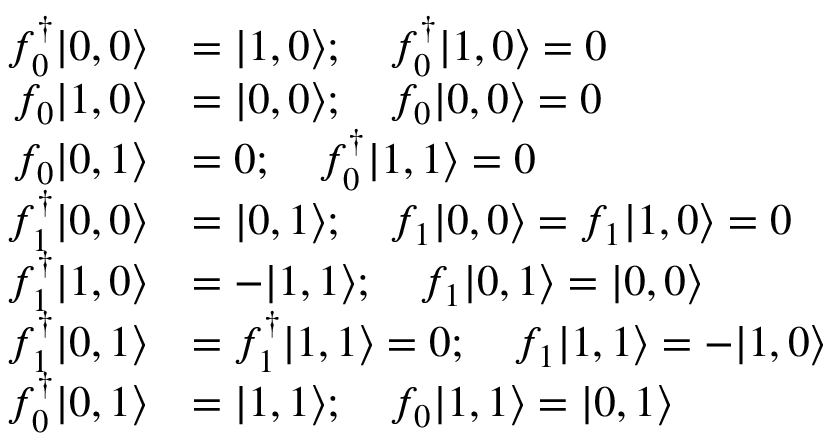
\begin{array} { r l } { f _ { 0 } ^ { \dagger } | 0 , 0 \rangle } & { = | 1 , 0 \rangle ; \quad f _ { 0 } ^ { \dagger } | 1 , 0 \rangle = 0 } \\ { f _ { 0 } | 1 , 0 \rangle } & { = | 0 , 0 \rangle ; \quad f _ { 0 } | 0 , 0 \rangle = 0 } \\ { f _ { 0 } | 0 , 1 \rangle } & { = 0 ; \quad f _ { 0 } ^ { \dagger } | 1 , 1 \rangle = 0 } \\ { f _ { 1 } ^ { \dagger } | 0 , 0 \rangle } & { = | 0 , 1 \rangle ; \quad f _ { 1 } | 0 , 0 \rangle = f _ { 1 } | 1 , 0 \rangle = 0 } \\ { f _ { 1 } ^ { \dagger } | 1 , 0 \rangle } & { = - | 1 , 1 \rangle ; \quad f _ { 1 } | 0 , 1 \rangle = | 0 , 0 \rangle } \\ { f _ { 1 } ^ { \dagger } | 0 , 1 \rangle } & { = f _ { 1 } ^ { \dagger } | 1 , 1 \rangle = 0 ; \quad f _ { 1 } | 1 , 1 \rangle = - | 1 , 0 \rangle } \\ { f _ { 0 } ^ { \dagger } | 0 , 1 \rangle } & { = | 1 , 1 \rangle ; \quad f _ { 0 } | 1 , 1 \rangle = | 0 , 1 \rangle } \end{array}